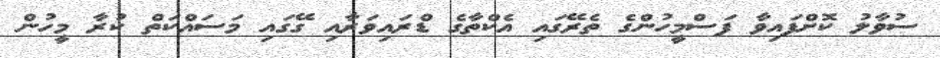
ސުވާލު ކޮށްފައިވާ ފަސްމީހުންގެ ތެރޭގައި އެކްތާގެ ޑްރައިވަރާއި ގޭގައި މަސައްކަތް ކުރާ މީހުން